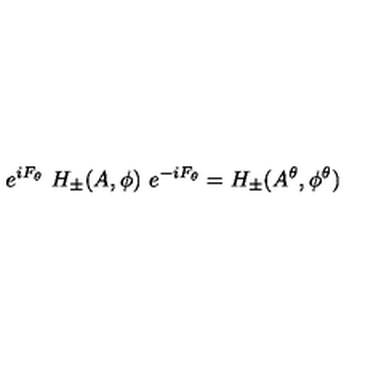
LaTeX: e ^ { i F _ { \theta } } \ H _ { \pm } ( A , \phi ) \ e ^ { - i F _ { \theta } } = H _ { \pm } ( A ^ { \theta } , \phi ^ { \theta } )